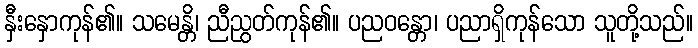
နှီးနှောကုန်၏။ သမေန္တိ၊ ညီညွတ်ကုန်၏။ ပညဝန္တော၊ ပညာရှိကုန်သော သူတို့သည်။